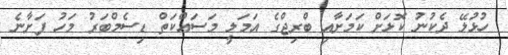
ހުޅުލޭ ދެކުނު ކޮޅަށް ކަމަށާއި ބްރިޖްގެ އަމަލީ މަސައްކަތް ޑިސެމްބަރު މަހު ފަށާނެ